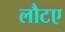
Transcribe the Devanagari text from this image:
लौटए